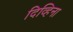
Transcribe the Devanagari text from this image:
दिव्हिना